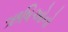
ઋષિઓનો